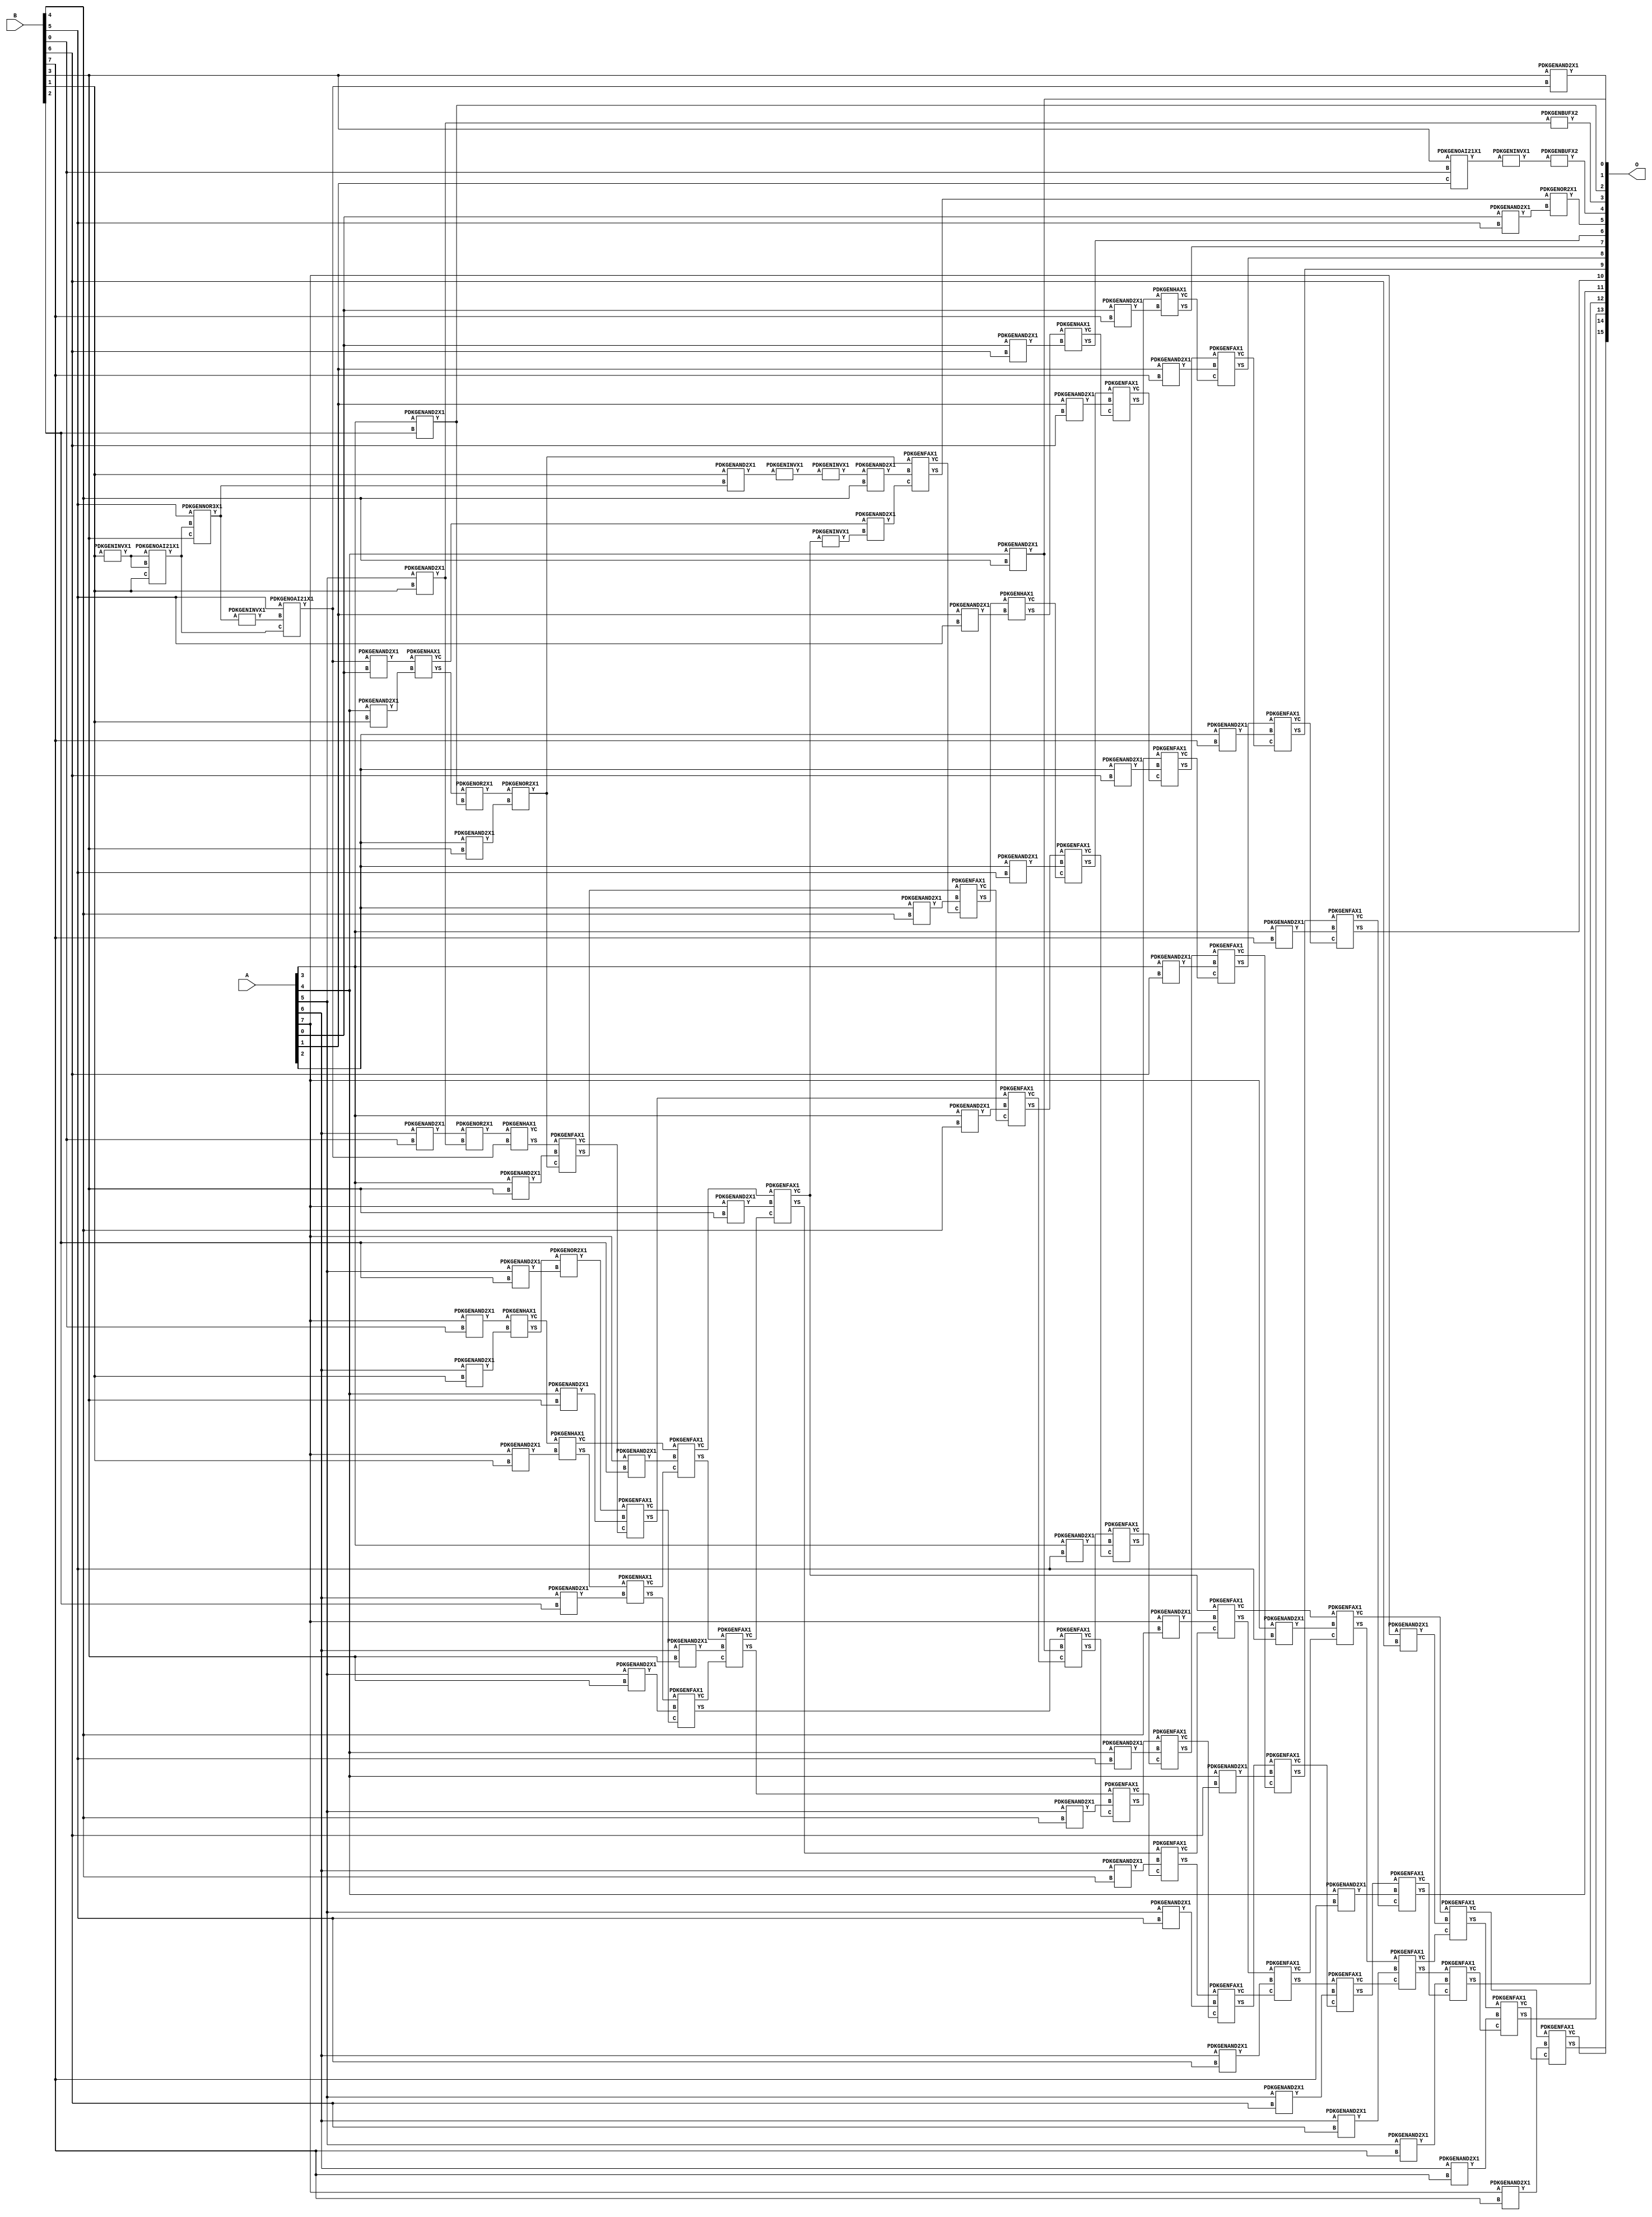
// Library = EvoApprox8b
// Circuit = mul8_010
// Area   (180) = 6669
// Delay  (180) = 5.630
// Power  (180) = 3281.50
// Area   (45) = 488
// Delay  (45) = 2.060
// Power  (45) = 285.50
// Nodes = 109
// HD = 241445
// MAE = 58.75671
// MSE = 7258.50000
// MRE = 1.79 %
// WCE = 452
// WCRE = 700 %
// EP = 93.5 %

module mul8_010(A, B, O);
  input [7:0] A;
  input [7:0] B;
  output [15:0] O;
  wire [2031:0] N;

  assign N[0] = A[0];
  assign N[1] = A[0];
  assign N[2] = A[1];
  assign N[3] = A[1];
  assign N[4] = A[2];
  assign N[5] = A[2];
  assign N[6] = A[3];
  assign N[7] = A[3];
  assign N[8] = A[4];
  assign N[9] = A[4];
  assign N[10] = A[5];
  assign N[11] = A[5];
  assign N[12] = A[6];
  assign N[13] = A[6];
  assign N[14] = A[7];
  assign N[15] = A[7];
  assign N[16] = B[0];
  assign N[17] = B[0];
  assign N[18] = B[1];
  assign N[19] = B[1];
  assign N[20] = B[2];
  assign N[21] = B[2];
  assign N[22] = B[3];
  assign N[23] = B[3];
  assign N[24] = B[4];
  assign N[25] = B[4];
  assign N[26] = B[5];
  assign N[27] = B[5];
  assign N[28] = B[6];
  assign N[29] = B[6];
  assign N[30] = B[7];
  assign N[31] = B[7];

  PDKGENINVX1 n32(.A(N[18]), .Y(N[32]));
  assign N[33] = N[32];
  PDKGENOAI21X1 n34(.A(N[33]), .B(N[32]), .C(N[18]), .Y(N[34]));
  assign N[35] = N[34];
  PDKGENNOR3X1 n38(.A(N[26]), .B(N[34]), .C(N[22]), .Y(N[38]));
  assign N[39] = N[38];
  PDKGENAND2X1 n40(.A(N[18]), .B(N[38]), .Y(N[40]));
  assign N[41] = N[40];
  PDKGENOAI21X1 n46(.A(N[22]), .B(N[16]), .C(N[2]), .Y(N[46]));
  PDKGENINVX1 n48(.A(N[46]), .Y(N[48]));
  assign N[49] = N[48];
  PDKGENINVX1 n50(.A(N[39]), .Y(N[50]));
  PDKGENINVX1 n68(.A(N[41]), .Y(N[68]));
  assign N[69] = N[68];
  PDKGENAND2X1 n82(.A(N[6]), .B(N[20]), .Y(N[82]));
  assign N[83] = N[82];
  PDKGENOAI21X1 n102(.A(N[26]), .B(N[50]), .C(N[35]), .Y(N[102]));
  assign N[103] = N[102];
  PDKGENAND2X1 n114(.A(N[103]), .B(N[0]), .Y(N[114]));
  PDKGENAND2X1 n132(.A(N[12]), .B(N[16]), .Y(N[132]));
  PDKGENAND2X1 n148(.A(N[14]), .B(N[16]), .Y(N[148]));
  PDKGENAND2X1 n182(.A(N[22]), .B(N[102]), .Y(N[182]));
  PDKGENBUFX2 n220(.A(N[49]), .Y(N[220]));
  assign N[221] = N[220];
  PDKGENAND2X1 n232(.A(N[8]), .B(N[18]), .Y(N[232]));
  PDKGENAND2X1 n248(.A(N[10]), .B(N[18]), .Y(N[248]));
  assign N[249] = N[248];
  PDKGENAND2X1 n264(.A(N[12]), .B(N[18]), .Y(N[264]));
  PDKGENAND2X1 n282(.A(N[14]), .B(N[18]), .Y(N[282]));
  PDKGENHAX1 n364(.A(N[114]), .B(N[232]), .YS(N[364]), .YC(N[365]));
  PDKGENOR2X1 n382(.A(N[132]), .B(N[248]), .Y(N[382]));
  PDKGENHAX1 n398(.A(N[148]), .B(N[264]), .YS(N[398]), .YC(N[399]));
  PDKGENHAX1 n414(.A(N[399]), .B(N[282]), .YS(N[414]), .YC(N[415]));
  PDKGENAND2X1 n514(.A(N[10]), .B(N[20]), .Y(N[514]));
  PDKGENAND2X1 n532(.A(N[12]), .B(N[20]), .Y(N[532]));
  PDKGENAND2X1 n548(.A(N[14]), .B(N[20]), .Y(N[548]));
  PDKGENOR2X1 n614(.A(N[364]), .B(N[82]), .Y(N[614]));
  PDKGENHAX1 n632(.A(N[382]), .B(N[102]), .YS(N[632]), .YC(N[633]));
  PDKGENOR2X1 n648(.A(N[398]), .B(N[514]), .Y(N[648]));
  PDKGENHAX1 n664(.A(N[414]), .B(N[532]), .YS(N[664]), .YC(N[665]));
  PDKGENFAX1 n682(.A(N[415]), .B(N[548]), .C(N[665]), .YS(N[682]), .YC(N[683]));
  PDKGENAND2X1 n732(.A(N[4]), .B(N[22]), .Y(N[732]));
  PDKGENAND2X1 n748(.A(N[6]), .B(N[22]), .Y(N[748]));
  PDKGENAND2X1 n764(.A(N[8]), .B(N[22]), .Y(N[764]));
  PDKGENAND2X1 n782(.A(N[10]), .B(N[22]), .Y(N[782]));
  PDKGENAND2X1 n798(.A(N[12]), .B(N[22]), .Y(N[798]));
  PDKGENAND2X1 n814(.A(N[14]), .B(N[22]), .Y(N[814]));
  PDKGENBUFX2 n832(.A(N[249]), .Y(N[832]));
  PDKGENINVX1 n844(.A(N[69]), .Y(N[844]));
  assign N[845] = N[844];
  PDKGENOR2X1 n864(.A(N[614]), .B(N[732]), .Y(N[864]));
  assign N[865] = N[864];
  PDKGENFAX1 n882(.A(N[632]), .B(N[748]), .C(N[865]), .YS(N[882]), .YC(N[883]));
  PDKGENFAX1 n898(.A(N[648]), .B(N[764]), .C(N[883]), .YS(N[898]), .YC(N[899]));
  PDKGENFAX1 n914(.A(N[664]), .B(N[782]), .C(N[899]), .YS(N[914]), .YC(N[915]));
  PDKGENFAX1 n932(.A(N[682]), .B(N[798]), .C(N[915]), .YS(N[932]), .YC(N[933]));
  PDKGENFAX1 n948(.A(N[683]), .B(N[814]), .C(N[933]), .YS(N[948]), .YC(N[949]));
  PDKGENINVX1 n964(.A(N[949]), .Y(N[964]));
  PDKGENAND2X1 n982(.A(N[845]), .B(N[24]), .Y(N[982]));
  PDKGENAND2X1 n998(.A(N[4]), .B(N[24]), .Y(N[998]));
  PDKGENAND2X1 n1014(.A(N[6]), .B(N[24]), .Y(N[1014]));
  PDKGENAND2X1 n1032(.A(N[8]), .B(N[24]), .Y(N[1032]));
  assign N[1033] = N[1032];
  PDKGENAND2X1 n1048(.A(N[10]), .B(N[24]), .Y(N[1048]));
  PDKGENAND2X1 n1064(.A(N[12]), .B(N[24]), .Y(N[1064]));
  PDKGENAND2X1 n1082(.A(N[14]), .B(N[24]), .Y(N[1082]));
  PDKGENAND2X1 n1098(.A(N[365]), .B(N[964]), .Y(N[1098]));
  assign N[1099] = N[1098];
  PDKGENFAX1 n1114(.A(N[864]), .B(N[982]), .C(N[1099]), .YS(N[1114]), .YC(N[1115]));
  PDKGENFAX1 n1132(.A(N[882]), .B(N[998]), .C(N[1115]), .YS(N[1132]), .YC(N[1133]));
  PDKGENFAX1 n1148(.A(N[898]), .B(N[1014]), .C(N[1133]), .YS(N[1148]), .YC(N[1149]));
  PDKGENFAX1 n1164(.A(N[914]), .B(N[1032]), .C(N[1149]), .YS(N[1164]), .YC(N[1165]));
  PDKGENFAX1 n1182(.A(N[932]), .B(N[1048]), .C(N[1165]), .YS(N[1182]), .YC(N[1183]));
  PDKGENFAX1 n1198(.A(N[948]), .B(N[1064]), .C(N[1183]), .YS(N[1198]), .YC(N[1199]));
  PDKGENFAX1 n1214(.A(N[949]), .B(N[1082]), .C(N[1199]), .YS(N[1214]), .YC(N[1215]));
  PDKGENAND2X1 n1232(.A(N[0]), .B(N[26]), .Y(N[1232]));
  PDKGENAND2X1 n1248(.A(N[2]), .B(N[26]), .Y(N[1248]));
  PDKGENAND2X1 n1264(.A(N[4]), .B(N[26]), .Y(N[1264]));
  PDKGENAND2X1 n1282(.A(N[6]), .B(N[26]), .Y(N[1282]));
  PDKGENAND2X1 n1298(.A(N[8]), .B(N[26]), .Y(N[1298]));
  PDKGENAND2X1 n1314(.A(N[10]), .B(N[26]), .Y(N[1314]));
  PDKGENAND2X1 n1332(.A(N[12]), .B(N[26]), .Y(N[1332]));
  PDKGENAND2X1 n1348(.A(N[14]), .B(N[26]), .Y(N[1348]));
  PDKGENOR2X1 n1364(.A(N[1114]), .B(N[1232]), .Y(N[1364]));
  PDKGENHAX1 n1382(.A(N[1132]), .B(N[1248]), .YS(N[1382]), .YC(N[1383]));
  PDKGENFAX1 n1398(.A(N[1148]), .B(N[1264]), .C(N[1383]), .YS(N[1398]), .YC(N[1399]));
  PDKGENFAX1 n1414(.A(N[1164]), .B(N[1282]), .C(N[1399]), .YS(N[1414]), .YC(N[1415]));
  PDKGENFAX1 n1432(.A(N[1182]), .B(N[1298]), .C(N[1415]), .YS(N[1432]), .YC(N[1433]));
  PDKGENFAX1 n1448(.A(N[1198]), .B(N[1314]), .C(N[1433]), .YS(N[1448]), .YC(N[1449]));
  PDKGENFAX1 n1464(.A(N[1214]), .B(N[1332]), .C(N[1449]), .YS(N[1464]), .YC(N[1465]));
  PDKGENFAX1 n1482(.A(N[1215]), .B(N[1348]), .C(N[1465]), .YS(N[1482]), .YC(N[1483]));
  PDKGENAND2X1 n1498(.A(N[0]), .B(N[28]), .Y(N[1498]));
  PDKGENAND2X1 n1514(.A(N[2]), .B(N[28]), .Y(N[1514]));
  PDKGENAND2X1 n1532(.A(N[4]), .B(N[28]), .Y(N[1532]));
  PDKGENAND2X1 n1548(.A(N[6]), .B(N[28]), .Y(N[1548]));
  PDKGENAND2X1 n1564(.A(N[8]), .B(N[28]), .Y(N[1564]));
  PDKGENAND2X1 n1582(.A(N[10]), .B(N[28]), .Y(N[1582]));
  PDKGENAND2X1 n1598(.A(N[12]), .B(N[28]), .Y(N[1598]));
  PDKGENAND2X1 n1614(.A(N[14]), .B(N[28]), .Y(N[1614]));
  PDKGENHAX1 n1632(.A(N[1382]), .B(N[1498]), .YS(N[1632]), .YC(N[1633]));
  PDKGENFAX1 n1648(.A(N[1398]), .B(N[1514]), .C(N[1633]), .YS(N[1648]), .YC(N[1649]));
  PDKGENFAX1 n1664(.A(N[1414]), .B(N[1532]), .C(N[1649]), .YS(N[1664]), .YC(N[1665]));
  PDKGENFAX1 n1682(.A(N[1432]), .B(N[1548]), .C(N[1665]), .YS(N[1682]), .YC(N[1683]));
  PDKGENFAX1 n1698(.A(N[1448]), .B(N[1564]), .C(N[1683]), .YS(N[1698]), .YC(N[1699]));
  PDKGENFAX1 n1714(.A(N[1464]), .B(N[1582]), .C(N[1699]), .YS(N[1714]), .YC(N[1715]));
  PDKGENFAX1 n1732(.A(N[1482]), .B(N[1598]), .C(N[1715]), .YS(N[1732]), .YC(N[1733]));
  PDKGENFAX1 n1748(.A(N[1483]), .B(N[1614]), .C(N[1733]), .YS(N[1748]), .YC(N[1749]));
  PDKGENAND2X1 n1764(.A(N[0]), .B(N[30]), .Y(N[1764]));
  PDKGENAND2X1 n1782(.A(N[2]), .B(N[30]), .Y(N[1782]));
  PDKGENAND2X1 n1798(.A(N[4]), .B(N[30]), .Y(N[1798]));
  PDKGENAND2X1 n1814(.A(N[6]), .B(N[30]), .Y(N[1814]));
  PDKGENAND2X1 n1832(.A(N[8]), .B(N[30]), .Y(N[1832]));
  PDKGENAND2X1 n1848(.A(N[10]), .B(N[30]), .Y(N[1848]));
  PDKGENAND2X1 n1864(.A(N[12]), .B(N[30]), .Y(N[1864]));
  PDKGENAND2X1 n1882(.A(N[14]), .B(N[30]), .Y(N[1882]));
  PDKGENHAX1 n1898(.A(N[1648]), .B(N[1764]), .YS(N[1898]), .YC(N[1899]));
  PDKGENFAX1 n1914(.A(N[1664]), .B(N[1782]), .C(N[1899]), .YS(N[1914]), .YC(N[1915]));
  PDKGENFAX1 n1932(.A(N[1682]), .B(N[1798]), .C(N[1915]), .YS(N[1932]), .YC(N[1933]));
  PDKGENFAX1 n1948(.A(N[1698]), .B(N[1814]), .C(N[1933]), .YS(N[1948]), .YC(N[1949]));
  PDKGENFAX1 n1964(.A(N[1714]), .B(N[1832]), .C(N[1949]), .YS(N[1964]), .YC(N[1965]));
  PDKGENFAX1 n1982(.A(N[1732]), .B(N[1848]), .C(N[1965]), .YS(N[1982]), .YC(N[1983]));
  PDKGENFAX1 n1998(.A(N[1748]), .B(N[1864]), .C(N[1983]), .YS(N[1998]), .YC(N[1999]));
  PDKGENFAX1 n2014(.A(N[1749]), .B(N[1882]), .C(N[1999]), .YS(N[2014]), .YC(N[2015]));

  assign O[0] = N[1033];
  assign O[1] = N[182];
  assign O[2] = N[83];
  assign O[3] = N[832];
  assign O[4] = N[221];
  assign O[5] = N[1364];
  assign O[6] = N[1632];
  assign O[7] = N[1898];
  assign O[8] = N[1914];
  assign O[9] = N[1932];
  assign O[10] = N[1948];
  assign O[11] = N[1964];
  assign O[12] = N[1982];
  assign O[13] = N[1998];
  assign O[14] = N[2014];
  assign O[15] = N[2015];

endmodule
/* mod */
module PDKGENOAI21X1( input A, input B, input C, output Y );
    assign Y = ~((A | B) & C);
endmodule
/* mod */
module PDKGENHAX1( input A, input B, output YS, output YC );
    assign YS = A ^ B;
    assign YC = A & B;
endmodule
/* mod */
module PDKGENNOR3X1(input A, input B, input C, output Y );
     assign Y = ~((A | B) | C);
endmodule
/* mod */
module PDKGENAND2X1(input A, input B, output Y );
     assign Y = A & B;
endmodule
/* mod */
module PDKGENFAX1( input A, input B, input C, output YS, output YC );
    assign YS = (A ^ B) ^ C;
    assign YC = (A & B) | (B & C) | (A & C);
endmodule
/* mod */
module PDKGENBUFX2(input A, output Y );
     assign Y = A;
endmodule
/* mod */
module PDKGENOR2X1(input A, input B, output Y );
     assign Y = A | B;
endmodule
/* mod */
module PDKGENINVX1(input A, output Y );
     assign Y = ~A;
endmodule